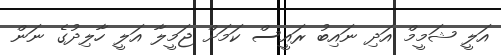
އަލީ ޝަމީމް އަދި ނައިބު ރައީސް ކަމަށް ޖަމީލާ އަލީ ހާލިދުގެ ނަން